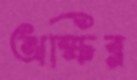
অক্ষির